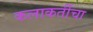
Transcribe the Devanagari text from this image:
कलाकर्तीचा